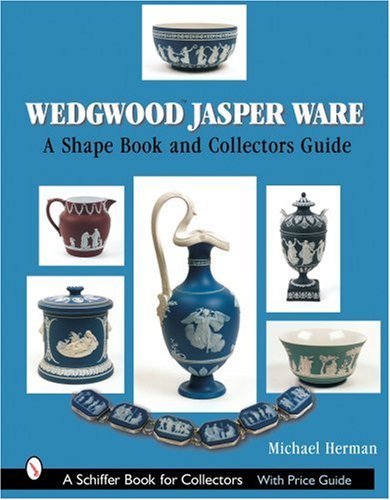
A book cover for Wedgwood Jasper Ware: A Shape Book and Collector's Guide (Schiffer Book for Collectors); Michael Herman; Crafts, Hobbies & Home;